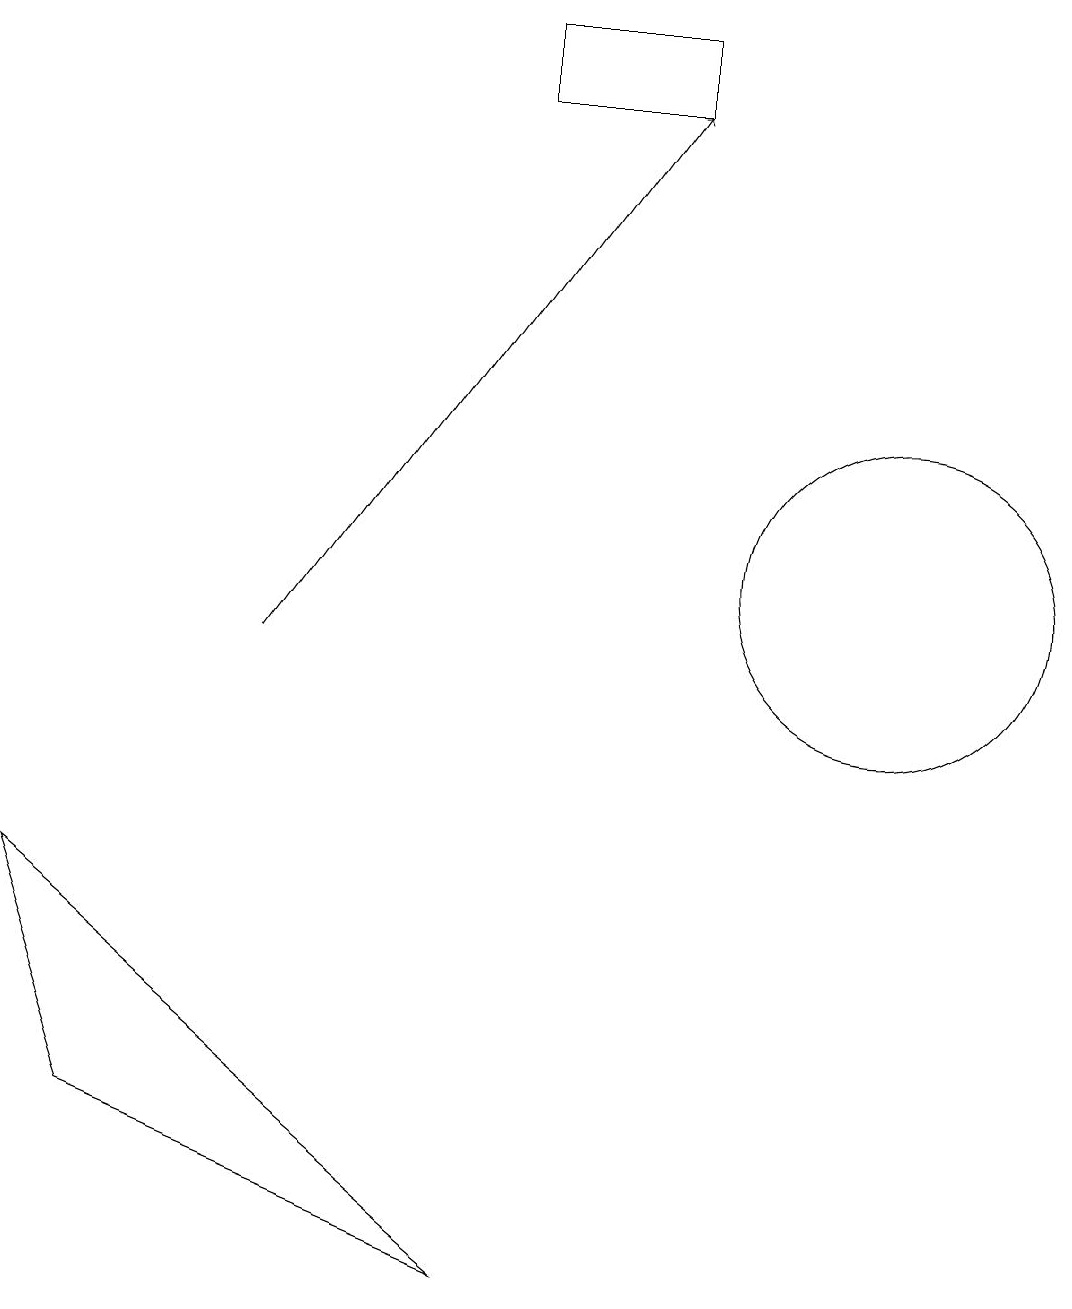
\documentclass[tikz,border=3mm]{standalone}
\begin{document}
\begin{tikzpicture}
\draw (7,18) rectangle (9,17);
\draw[->] (4,10) -- (9,17);
\draw (2,4) -- (7,2) -- (1,7) -- cycle;
\draw (12,11) circle (2);
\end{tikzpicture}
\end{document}